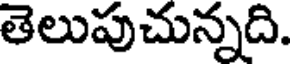
తెలుపుచున్నది.